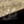
كل